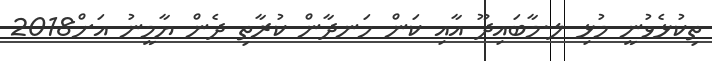
ތިކުޅެވުނީ މުޅި ލ.މާބައިދޫ އާއި ކަން ހަނދާން ކުރާތި ދެން ޔާމީނު އަށް2018